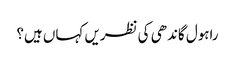
راہول گاندھی کی نظریں کہاں ہیں؟